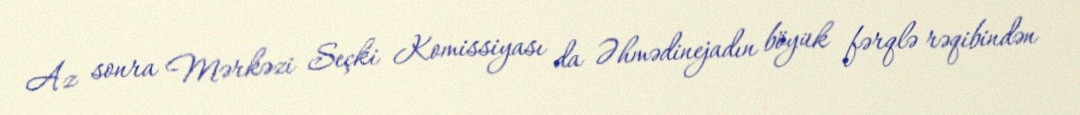
Az sonra Mərkəzi Seçki Komissiyası da Əhmədinejadın böyük fərqlə rəqibindən